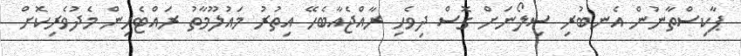
ޕާކިސްތާނުން އެނބުރި ސިލޯނަށް ގޮސް ދިވެހި ރާއްޖެއާބެހޭ އިތުރު މައުލޫމާތު ރައްޓެހިން މެދުވެރިކޮށް